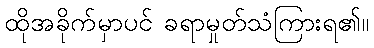
ထိုအခိုက်မှာပင် ခရာမှုတ်သံကြားရ၏။